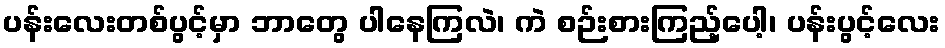
ပန်းလေးတစ်ပွင့်မှာ ဘာတွေ ပါနေကြလဲ၊ ကဲ စဉ်းစားကြည့်ပေါ့၊ ပန်းပွင့်လေး